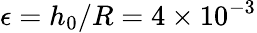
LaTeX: \epsilon=h_{0}/R=4\times 10^{-3}